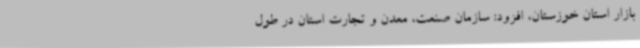
بازار استان خوزستان، افزود: سازمان صنعت، معدن و تجارت استان در طول